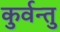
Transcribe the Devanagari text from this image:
कुर्वन्तु